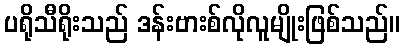
ပရိုသီရိုးသည် ဒန်းဗားစ်လိုလူမျိုးဖြစ်သည်။